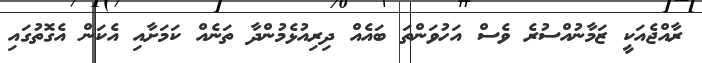
ރާއްޖެއަކީ ޒަމާނުއްސުރެ ވެސް އަހުވަންތަ ބައެއް ދިރިއުޅެމުންދާ ތަނެއް ކަމަށާއި އެކަން އެގޮތުގައި